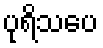
ပုရိသပေ